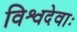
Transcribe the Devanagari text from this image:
विश्वदेवाः